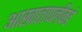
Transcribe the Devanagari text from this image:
आखातापलीकडे